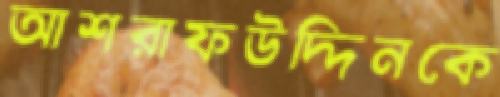
আশরাফউদ্দিনকে